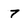
Character: 7